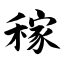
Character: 稼